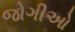
જોગીઓ